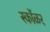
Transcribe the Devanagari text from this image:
स्कॉळर